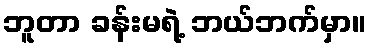
ဘူတာ ခန်းမရဲ့ ဘယ်ဘက်မှာ။